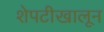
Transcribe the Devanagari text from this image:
शेपटीखालून